Annual report of the Punjab Veterinary College and of the Civil Veterinary Department, Punjab - 1920-1925
Year: 1920
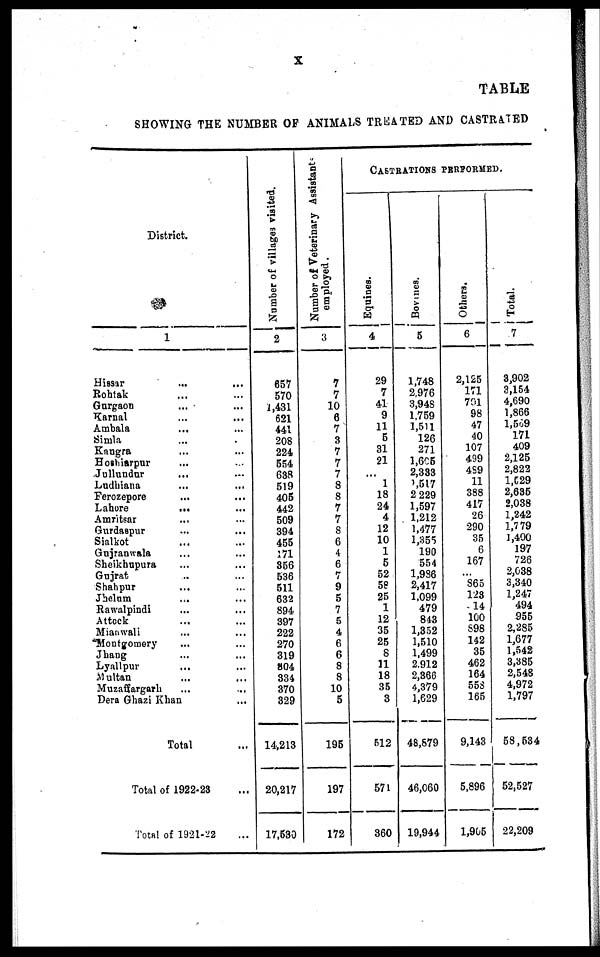
X
TABLE
SHOWING THE NUMBER OF ANIMALS TREATED AND CASTRATED
District.
1
Hissar ... ...
Rohtak ... ...
Gurgaon
... ...
Karnal ... ...
Ambala ... ...
Simla ... ...
Kangra ... ...
Hoshiarpur ... ...
Jullundur ... ...
Ludhiana ... ...
Ferozepore ... ...
Lahore
...
...
Amritsar ... ...
Gurdaspur ... ...
Sialkot ... ...
Gujranwala ... ...
Sheikhupura ... ...
Gujrat ... ...
Shahpur ... ...
Jhelum ... ...
Rawalpindi
Attock ... ...
Mianwali ... ...
Montgomery ... ...
Jhang ... ...
Lyallpur ... ...
Multan ... ...
Muzaffargarh ... ...
Dera Ghazi Khan ...
Total ...
Total of 1922-23 ...
Total of 1921-22 ...
Number of villages visited.
2
657
570
1,431
621
441
208
224
554
638
519
405
442
509
394
455
171
356
536
511
632
894
397
222
270
319
804
334
370
329
14,213
20,217
17,530
Number of Veterinary Assistant-
employed.
3
7
7
10
6
7
3
7
7
7
8
8
7
7
8
6
4
6
7
9
5
7
5
4
6
6
8
8
10
5
195
197
172
CASTRATIONS PERFORMED.
Equities.
4
29
7
41
9
11
5
31
21.
...
1
18
24
4
12
10
1
5
52
58
25
1
12
35
25
8
11
18
35
3
612
571
360
Bovines.
5
1,748
2,976
3,948
1,759
1,511
126
271
1,605
2,333
1,517
2 229
1,597
1,212
1,477
1,355
190
554
1,936
2,417
1,099
479
843
1,352
1,510
1,499
2.912
2,366
4,379
1,629
48,879
46,060
19,944
Others.
6
2,125
171
701
98
47
40
107
499
4S9
11
388
417
26
290
35
6
167
...
S65
123
14
100
S98
142
35
462
164
553
165
9,143
5,896
1,905
Total.
7
3,902
3,154
4,690
1,866
1,569
171
409
2,125
2,822
1,629
2,635
2,038
1,242
1,779
1,400
197
726
2,038
3,340
1,247
494
955
2,285
1,677
1,542
3,385
2,548
4,972
1,797
58,534
52,527
22,209